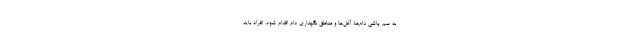
به سم پاشی دام‌ها، آغل‌ها و مناطق نگهداری دام اقدام شود. افراد باید